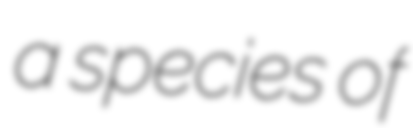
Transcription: a species of